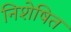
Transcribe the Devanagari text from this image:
निशेषित